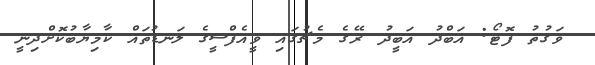
ވަގުތު ފޮޓޯ: އަބްދު އަބީދު ރޭގެ މެޗުގައި ވީއެފްސީގެ ލަނޑުތައް ކާމިޔާބުކޮށްދިނީ